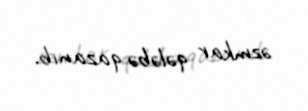
əzmkar qələbə qazanıb.